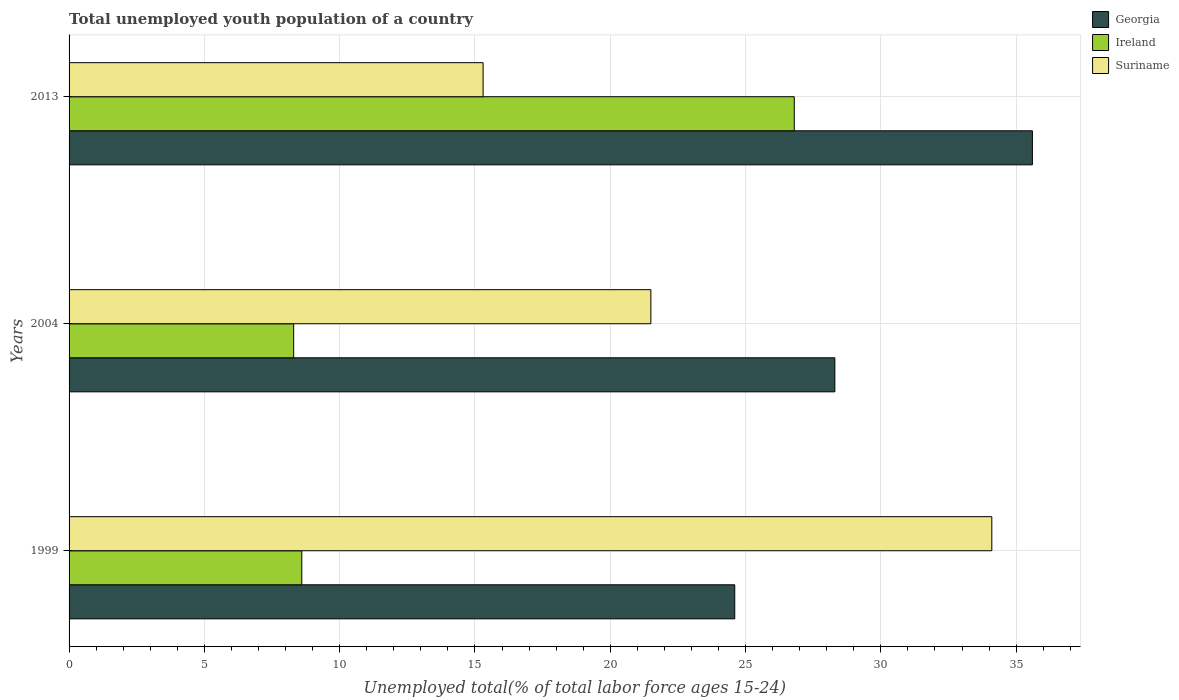
| Years | Georgia | Ireland | Suriname |
 | --- | --- | --- | --- |
 | 1999 | 24.6 | 8.6 | 34.1 |
 | 2004 | 28.3 | 8.3 | 21.5 |
 | 2013 | 35.6 | 26.8 | 15.3 |